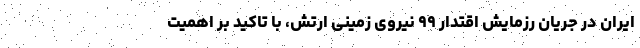
ایران در جریان رزمایش اقتدار ۹۹ نیروی زمینی ارتش، با تاکید بر اهمیت